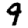
Digit: 9